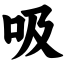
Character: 吸